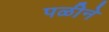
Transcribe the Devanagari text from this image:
पळीने